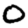
Digit: 0